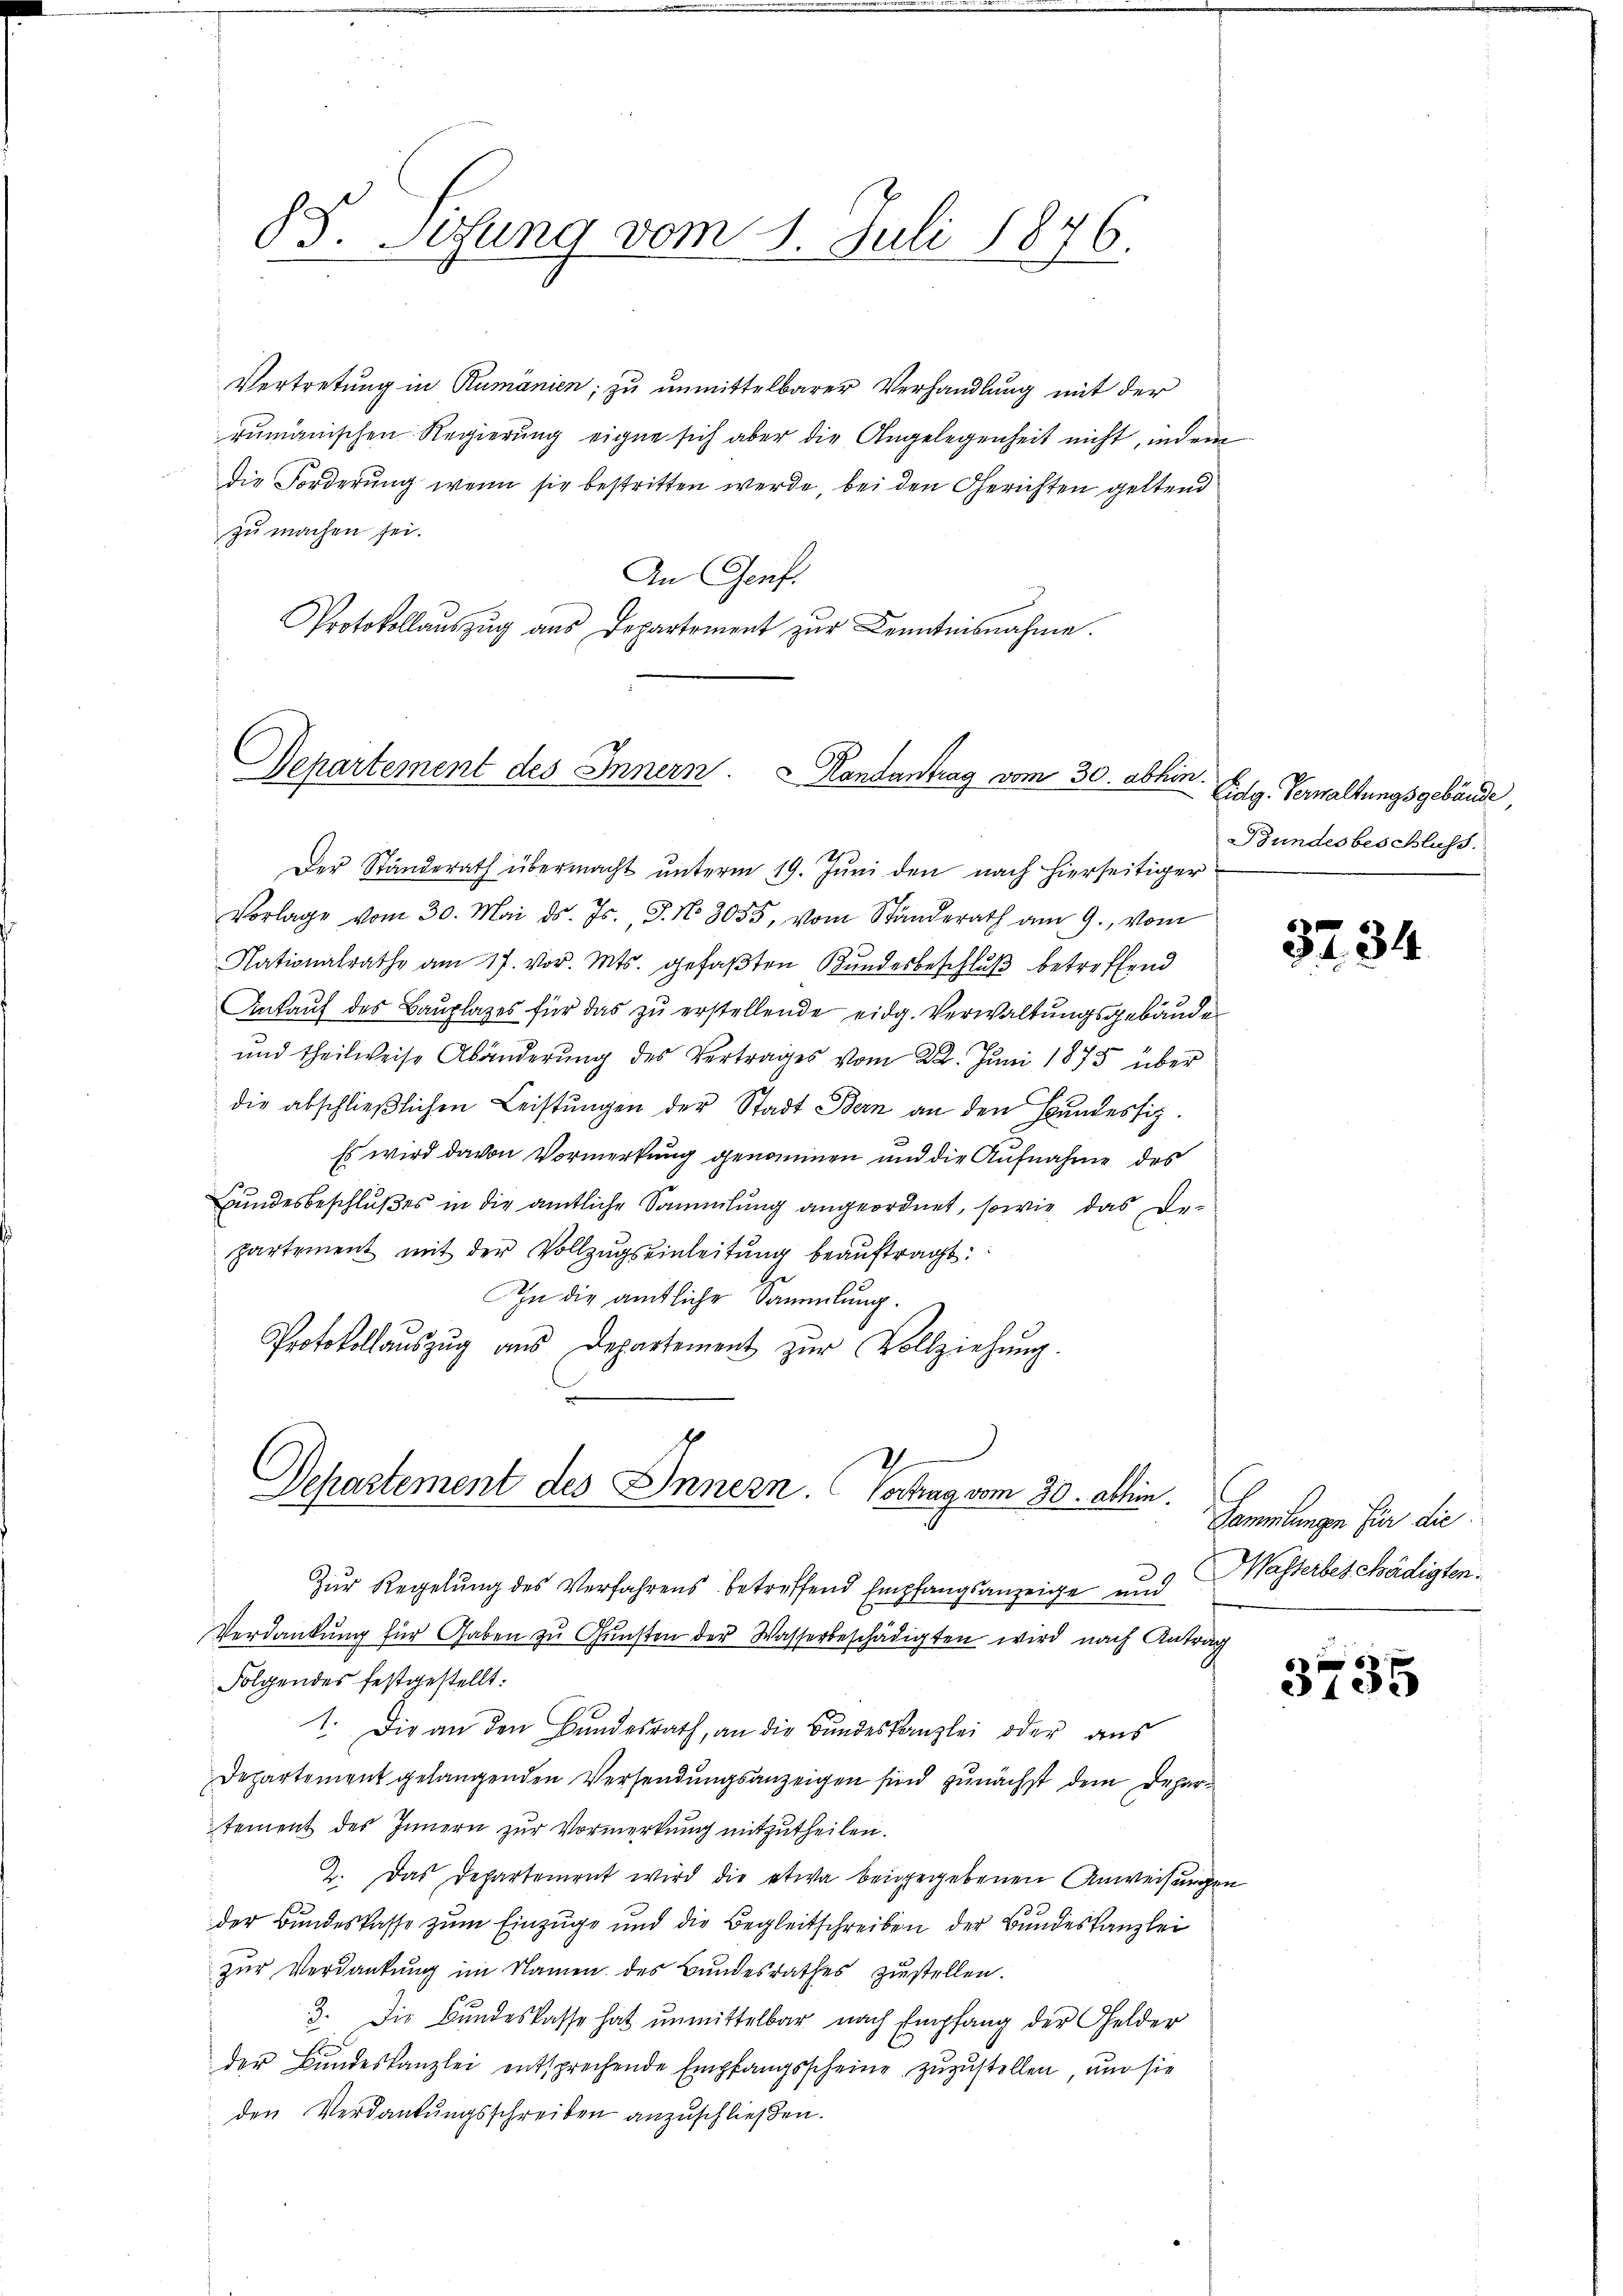
88. Sisung vom 1. Juli 1876.

Vertretung in Rumänien, zu unmittelbarer Verhandlung mit der
rumänischen Regierung eigne sich aber die Angelegenheit nicht, indem
die Forderung wenn sie bestritten werde, bei den Gerichten geltend
zu machen sei.
An Genf.
Protokollaŭszŭg ans Departement zŭr Kenntnisnahme.

Separtement des Innern Handantrag vom 30. abhin

Der Standerath übermacht ŭnterm 19. Jŭni den nach hierseitiger
Vorlage vom 30. Mai d. Js. J. N. 3055, vom Ständerath am 9. vom
Nationalrathe am 17. vor. Mts. gefaßten Bundesbeschluß betreffend
Ankauf des Bauplazes für das zu erstellende eidg. Verwaltungsgebäude
und theilweise Abänderung des Vertrages vom 22. Juni 1875 über
die abschlieβlichen Leistŭngen der Stadt Bern an den Bundesfiz.
Es wird davon Vormerkung genommen und die Aufnahme des
Bundesbeschlußes in die amtliche Sammlung angeordnet, sowie das Departement mit der Vollzŭgseinleitŭng beaŭftragt:
In die amtliche Sammlung.
Protokollaŭszŭg aŭs Departement zŭr Vollziehung.

2
Departement des Innern. Vortrag vom 30. abhin.

Zur Regelung des Verfahrens betreffend Empfangsanzeige und
Verdankung für Gaben zu Gunsten der Wasserbeschädigten wird nach Antrag
Folgendes festgestellt.
1. Die an den Bundesrath, an die Bundeskanzlei oder aus
Departement gelangenden Versendungsanzeigen sind zunächst dem Departement des Innern zur Vormerkung mitzutheilen.
2. Das Departement wird die etwa beigegebenen Anweisungen
der Bundeskasse zum Einzüge und die Begleitschreiben der Bundeskanzlei
zur Verdankung im Namen des Bundesrathes zustellen.
3. Die Bundeskasse hat unmittelbar nach Empfang der Gelder
der Bundeskanzlei entsprechende Empfangsscheine zuzustellen, und sie
den Verdankungsschreiben anzuschließen.

Eidg. Verwaltungsgebäude,
Bundesbeschluss.

3234

Sammlungen für die
Wasterbeschädigten.

3735